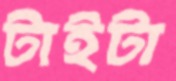
টাইটা